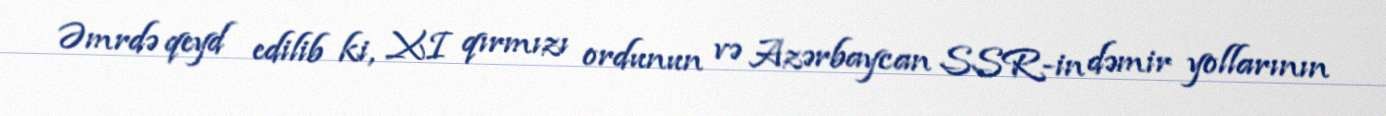
Əmrdə qeyd edilib ki, XI qırmızı ordunun və Azərbaycan SSR-in dəmir yollarının